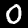
Label: 0